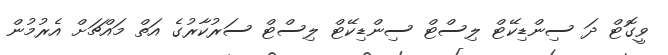
ވީގޮޓް ދަ ސިންޑިކޭޓް ލިސްޓް ސިންޑިކޭޓް ލިސްޓް ސަރުކާރުގެ އަތް މައްޗަށް އެރުމުން